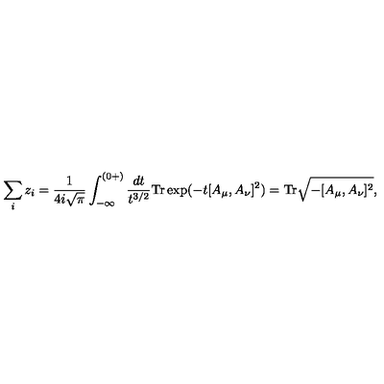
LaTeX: \sum _ { i } z _ { i } = \frac { 1 } { 4 i \sqrt { \pi } } \int _ { - \infty } ^ { ( 0 + ) } \frac { d t } { t ^ { 3 / 2 } } \mathrm { T r } \exp ( - t [ A _ { \mu } , A _ { \nu } ] ^ { 2 } ) = \mathrm { T r } \sqrt { - [ A _ { \mu } , A _ { \nu } ] ^ { 2 } } ,